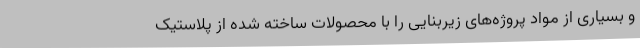
و بسیاری از مواد پروژه‌های زیربنایی را با محصولات ساخته شده از پلاستیک